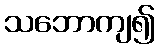
သဘောကျ၍